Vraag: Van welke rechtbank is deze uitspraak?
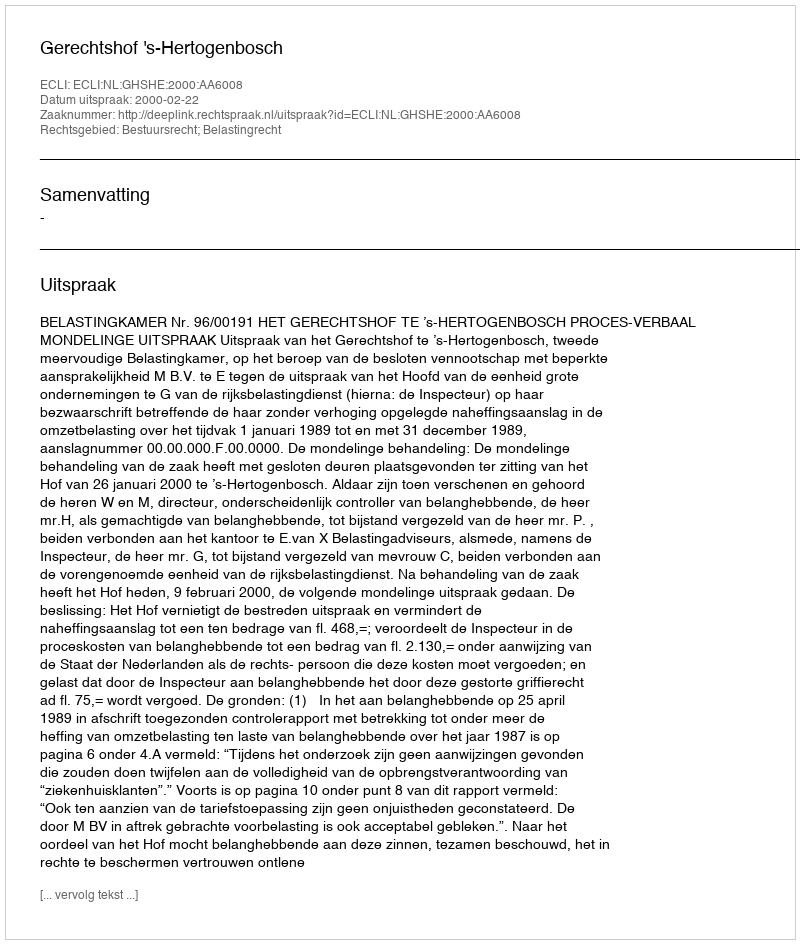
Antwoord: Gerechtshof 's-Hertogenbosch